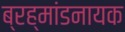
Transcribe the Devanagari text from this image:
ब्रह्मांडनायक